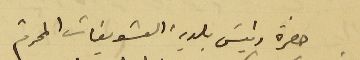
حضرة رئيسَ بلدية الشويفات المحترم